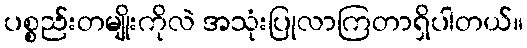
ပစ္စည်းတမျိုးကိုလဲ အသုံးပြုလာကြတာရှိပါတယ်။